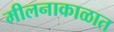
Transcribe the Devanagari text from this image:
मीलनाकाळात